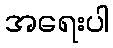
အရေးပါ